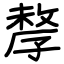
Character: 孷